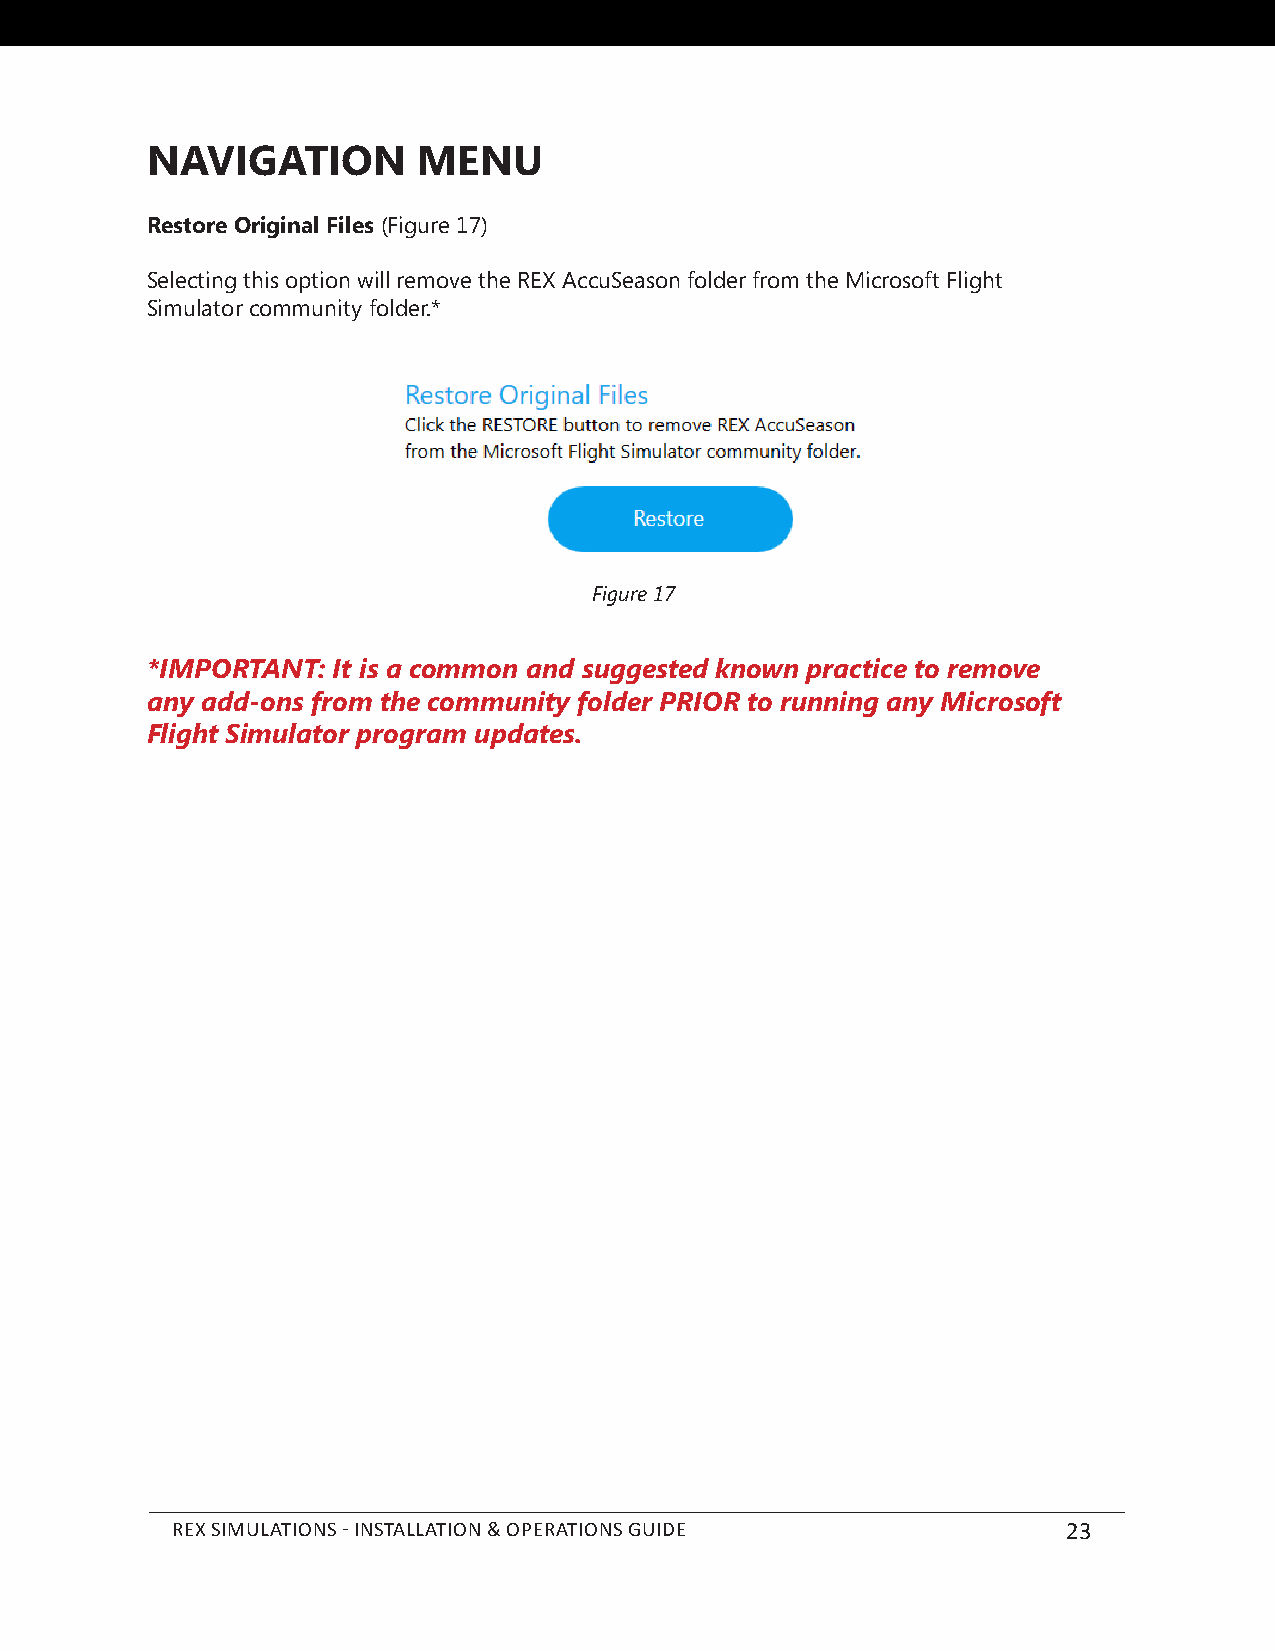
NAVIGATION        MENU
 Restore Original Files (Figure 17)
 Selecting this option will remove the REX AccuSeason folder from the Microsoft Flight
 Simulator community folder.*
 Figure 17
 *IMPORTANT: It is a common and suggested known practice to remove
 any add-ons from the community folder PRIOR to running any Microsoft
 Flight Simulator program updates.
 REX SIMULATIONS - INSTALLATION & OPERATIONS GUIDE           23